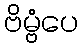
ဗိမ္ဗံပေ